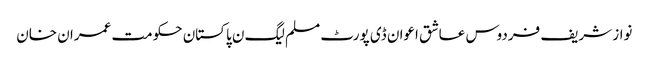
نواز شریف فردوس عاشق اعوان ڈی پورٹ مسلم لیگ ن پاکستان حکومت عمران خان